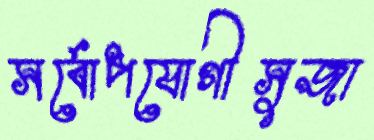
সর্বোপযোগীসুজা